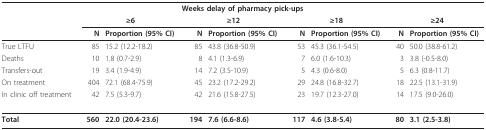
<table><thead><tr><td colspan="9"><b>Weeks delay of pharmacy pick-ups</b></td></tr><tr><td></td><td colspan="2"><b>≥6</b></td><td colspan="2"><b>≥12</b></td><td colspan="2"><b>≥18</b></td><td colspan="2"><b>≥24</b></td></tr><tr><td></td><td><b>N</b></td><td><b>Proportion (95% CI)</b></td><td><b>N</b></td><td><b>Proportion (95% CI)</b></td><td><b>N</b></td><td><b>Proportion (95% CI)</b></td><td><b>N</b></td><td><b>Proportion (95% CI)</b></td></tr></thead><tbody><tr><td>True LTFU</td><td>85</td><td>15.2 (12.2-18.2)</td><td>85</td><td>43.8 (36.8-50.9)</td><td>53</td><td>45.3 (36.1-54.5)</td><td>40</td><td>50.0 (38.8-61.2)</td></tr><tr><td>Deaths</td><td>10</td><td>1.8 (0.7-2.9)</td><td>8</td><td>4.1 (1.3-6.9)</td><td>7</td><td>6.0 (1.6-10.3)</td><td>3</td><td>3.8 (-0.5-8.0)</td></tr><tr><td>Transfers-out</td><td>19</td><td>3.4 (1.9-4.9)</td><td>14</td><td>7.2 (3.5-10.9)</td><td>5</td><td>4.3 (0.6-8.0)</td><td>5</td><td>6.3 (0.8-11.7)</td></tr><tr><td>On treatment</td><td>404</td><td>72.1 (68.4-75.9)</td><td>45</td><td>23.2 (17.2-29.2)</td><td>29</td><td>24.8 (16.8-32.7)</td><td>18</td><td>22.5 (13.1-31.9)</td></tr><tr><td>In clinic off treatment</td><td>42</td><td>7.5 (5.3-9.7)</td><td>42</td><td>21.6 (15.8-27.5)</td><td>23</td><td>19.7 (12.3-27.0)</td><td>14</td><td>17.5 (9.0-26.0)</td></tr><tr><td><b>Total</b></td><td><b>560</b></td><td><b>22.0 (20.4-23.6)</b></td><td><b>194</b></td><td><b>7.6 (6.6-8.6)</b></td><td><b>117</b></td><td><b>4.6 (3.8-5.4)</b></td><td><b>80</b></td><td><b>3.1 (2.5-3.8)</b></td></tr></tbody></table>